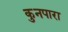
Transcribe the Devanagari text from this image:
कुनपारा